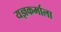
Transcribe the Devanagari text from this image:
यज्ञकर्माला